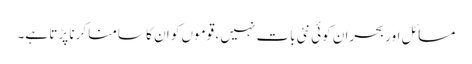
مسائل اور بحران کوئی نئی بات نہیں ، قوموں کو ان کا سامنا کرنا پڑتا ہے۔